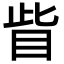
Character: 眥